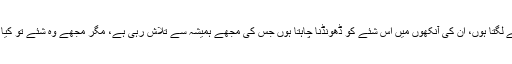
میں غور سے ان کے چہرے کو دیکھنے لگتا ہوں، ان کی آنکھوں میں اس شئے کو ڈھونڈنا چاہتا ہوں جس کی مجھے ہمیشہ سے تلاش رہی ہے، مگر مجھے وہ شئے تو کیا اس کی جھلک تک نظر نہیں آ رہی ہے۔